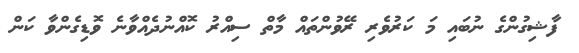
ފާޝިގުންގެ ނުބައި މަ ކަރުވެރި ރޭވުންތައް މާތް ސިއްރު ކޮއްނުދެއްވާނެ ވޮޑިގެންވާ ކަން